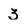
Character: 3